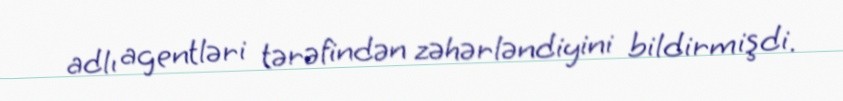
adlı agentləri tərəfindən zəhərləndiyini bildirmişdi.